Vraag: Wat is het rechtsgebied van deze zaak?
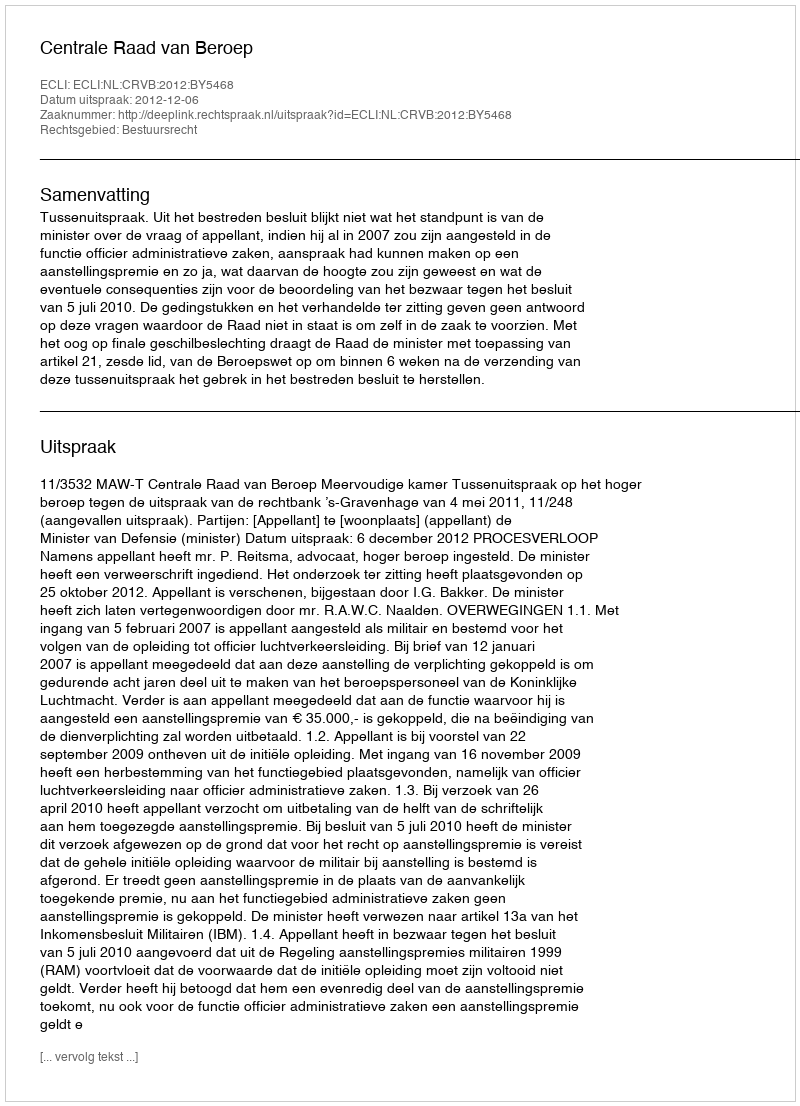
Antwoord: Bestuursrecht